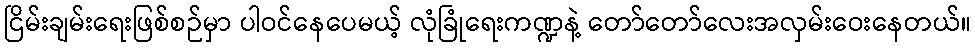
ငြိမ်းချမ်းရေးဖြစ်စဉ်မှာ ပါဝင်နေပေမယ့် လုံခြုံရေးကဏ္ဍနဲ့ တော်တော်လေးအလှမ်းဝေးနေတယ်။